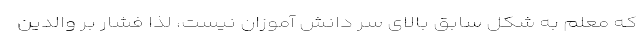
که معلم به شکل سابق بالای سر دانش آموزان نیست، لذا فشار بر والدین